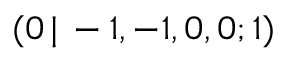
( 0 \, | \, - 1 , - 1 , 0 , 0 ; 1 )